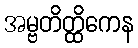
အမ္ဗတိတ္ထိကေန